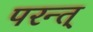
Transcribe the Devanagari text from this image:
परन्त्